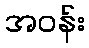
အဝန်း